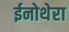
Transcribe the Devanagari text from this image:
ईनोथेरा